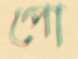
পো